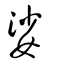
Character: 娑